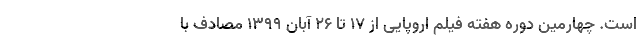
است. چهارمین دوره هفته فیلم اروپایی از ۱۷ تا ۲۶ آبان ۱۳۹۹ مصادف با